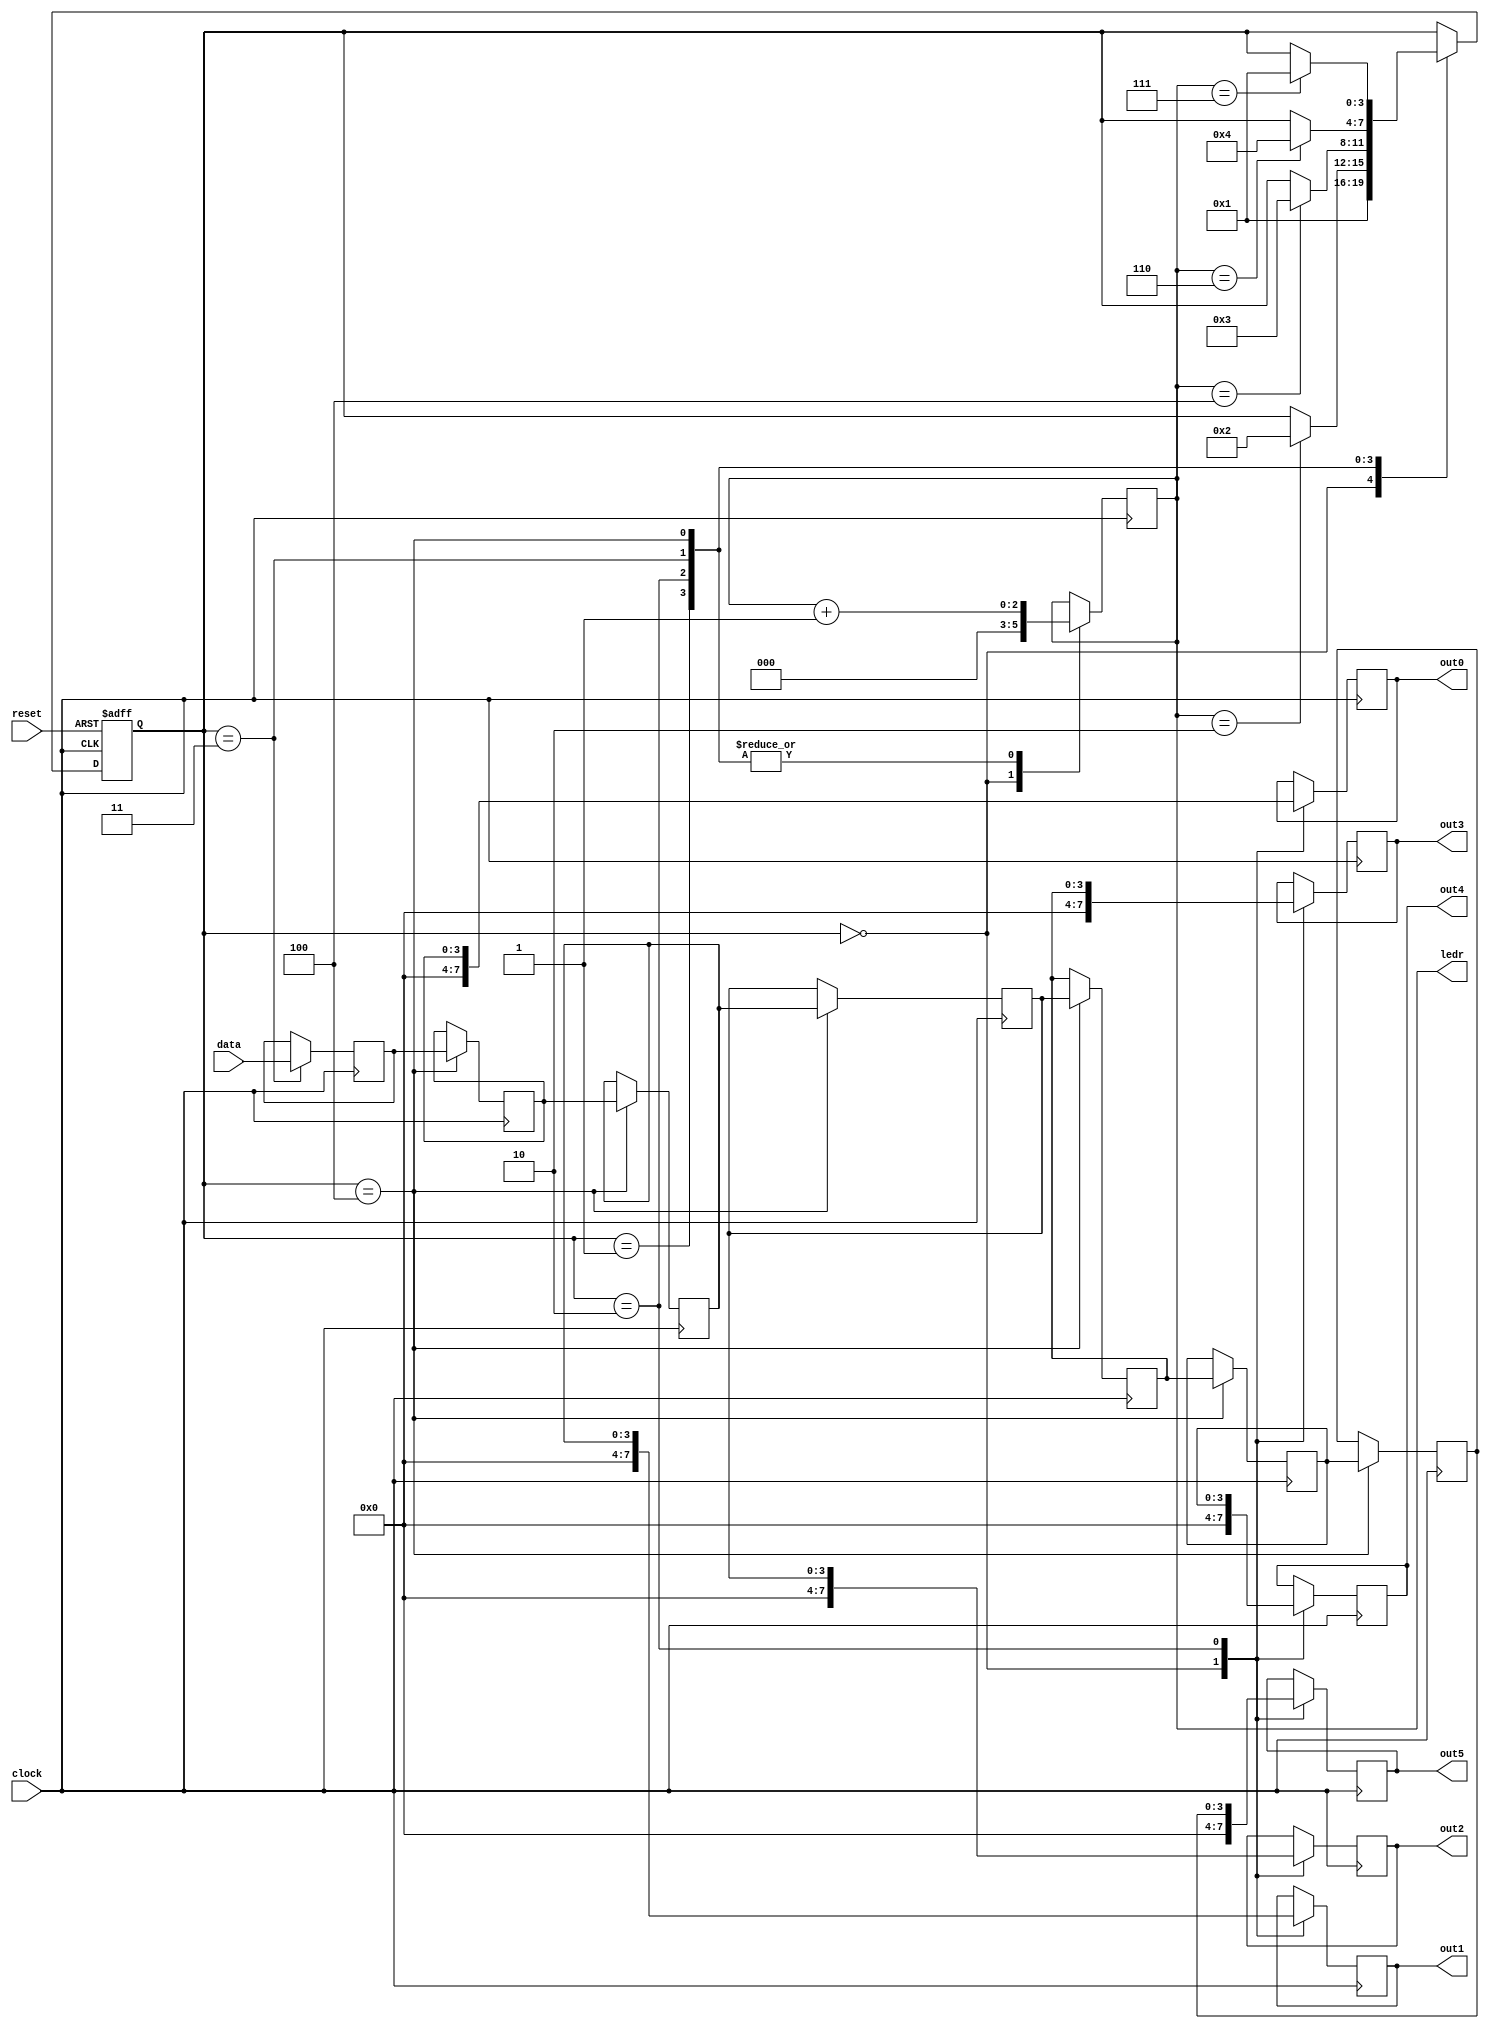
/*
 * cdd.v
 * Combinatorial digital device (CDD).
 *
 * @version: 1.0
 *
 */
module cdd (
    clock,
    reset,
    data,
    out0,
    out1,
    out2,
    out3,
    out4,
    out5,
    ledr
);

    // inputs
    input clock;
    input reset;
    input [3:0] data;

    // outputs
    output reg [3:0] out0;
    output reg [3:0] out1;
    output reg [3:0] out2;
    output reg [3:0] out3;
    output reg [3:0] out4;
    output reg [3:0] out5;
    output [2:0] ledr;

    // regs
    reg [3:0] shift_reg [5:0];  // for shift numbers
    reg [3:0] memory;           // for save input data
    reg [3:0] state;            // for save the states
    reg [2:0] counter;          // for counting tackts
    
    // assigns
    assign ledr = counter;

    // states
    parameter RESET  = 0;       // start program
    parameter WAIT   = 1;       // wait to input data
    parameter OUTPUT = 2;       // display numbers
    parameter READ   = 3;       // reads numbers on switchers
    parameter SHIFT  = 4;       // shift numbers

    // block of transitions
    always@(posedge clock or negedge reset) begin
        if (!reset) begin
            state <= RESET; // state: 0
        end else begin
            case (state)
                RESET:
                    state <= WAIT; // state: 1

                WAIT:
                    if (counter == 3'd2) begin
                        state <= OUTPUT; // state: 2
                    end

                OUTPUT:
                    if (counter == 3'd4) begin
                        state <= READ; // state: 3
                    end

                READ:
                    if (counter == 3'd6) begin
                        state <= SHIFT; // state: 4
                    end

                SHIFT:
                    if (counter == 3'd7) begin
                        state <= WAIT; // state: 2
                    end
            endcase
        end
    end

    // block of states
    always@(posedge clock) begin
        case (state)
            RESET: begin
                out0 = 4'd0;
                out1 = 4'd0;
                out2 = 4'd0;
                out3 = 4'd0;
                out4 = 4'd0;
                out5 = 4'd0;
                counter = 3'd0;
            end

            WAIT: begin
                counter = counter + 1;
            end 

            OUTPUT: begin
                out0 <= shift_reg[0];
                out1 <= shift_reg[1];
                out2 <= shift_reg[2];
                out3 <= shift_reg[3];
                out4 <= shift_reg[4];
                out5 <= shift_reg[5];
                counter = counter + 1;
            end

            READ: begin
                memory <= data;
                counter = counter + 1;
            end

            SHIFT: begin        
                shift_reg[0] <= memory;
                shift_reg[1] <= shift_reg[0];
                shift_reg[2] <= shift_reg[1];
                shift_reg[3] <= shift_reg[2];
                shift_reg[4] <= shift_reg[3];
                shift_reg[5] <= shift_reg[4];
                counter = counter + 1;
            end
        endcase
    end
endmodule